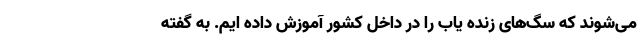
می‌شوند که سگ‌های زنده یاب را در داخل کشور آموزش داده ایم. به گفته